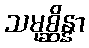
သမုစ္ဆိန္နာ